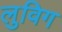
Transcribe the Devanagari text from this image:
लुविग